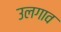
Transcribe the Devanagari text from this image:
उलगाव